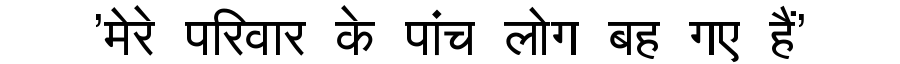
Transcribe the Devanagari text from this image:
'मेरे परिवार के पांच लोग बह गए हैं'